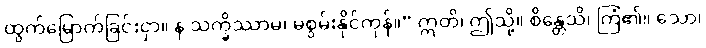
ထွက်မြောက်ခြင်းငှာ။ န သက္ခိဿာမ၊ မစွမ်းနိုင်ကုန်။” ဣတိ၊ ဤသို့။ စိန္တေသိ၊ ကြံ၏။ သော၊